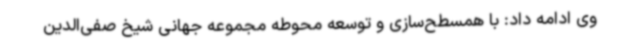
وی ادامه داد: با همسطح‌سازی و توسعه محوطه مجموعه جهانی شیخ‌ صفی‌الدین